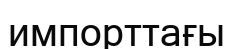
импорттағы